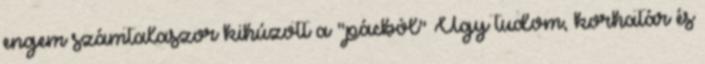
engem számtalaszor kihúzott a "pácból" Úgy tudom, korhatár és